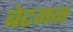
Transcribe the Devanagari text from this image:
बेटमन